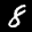
Label: 8